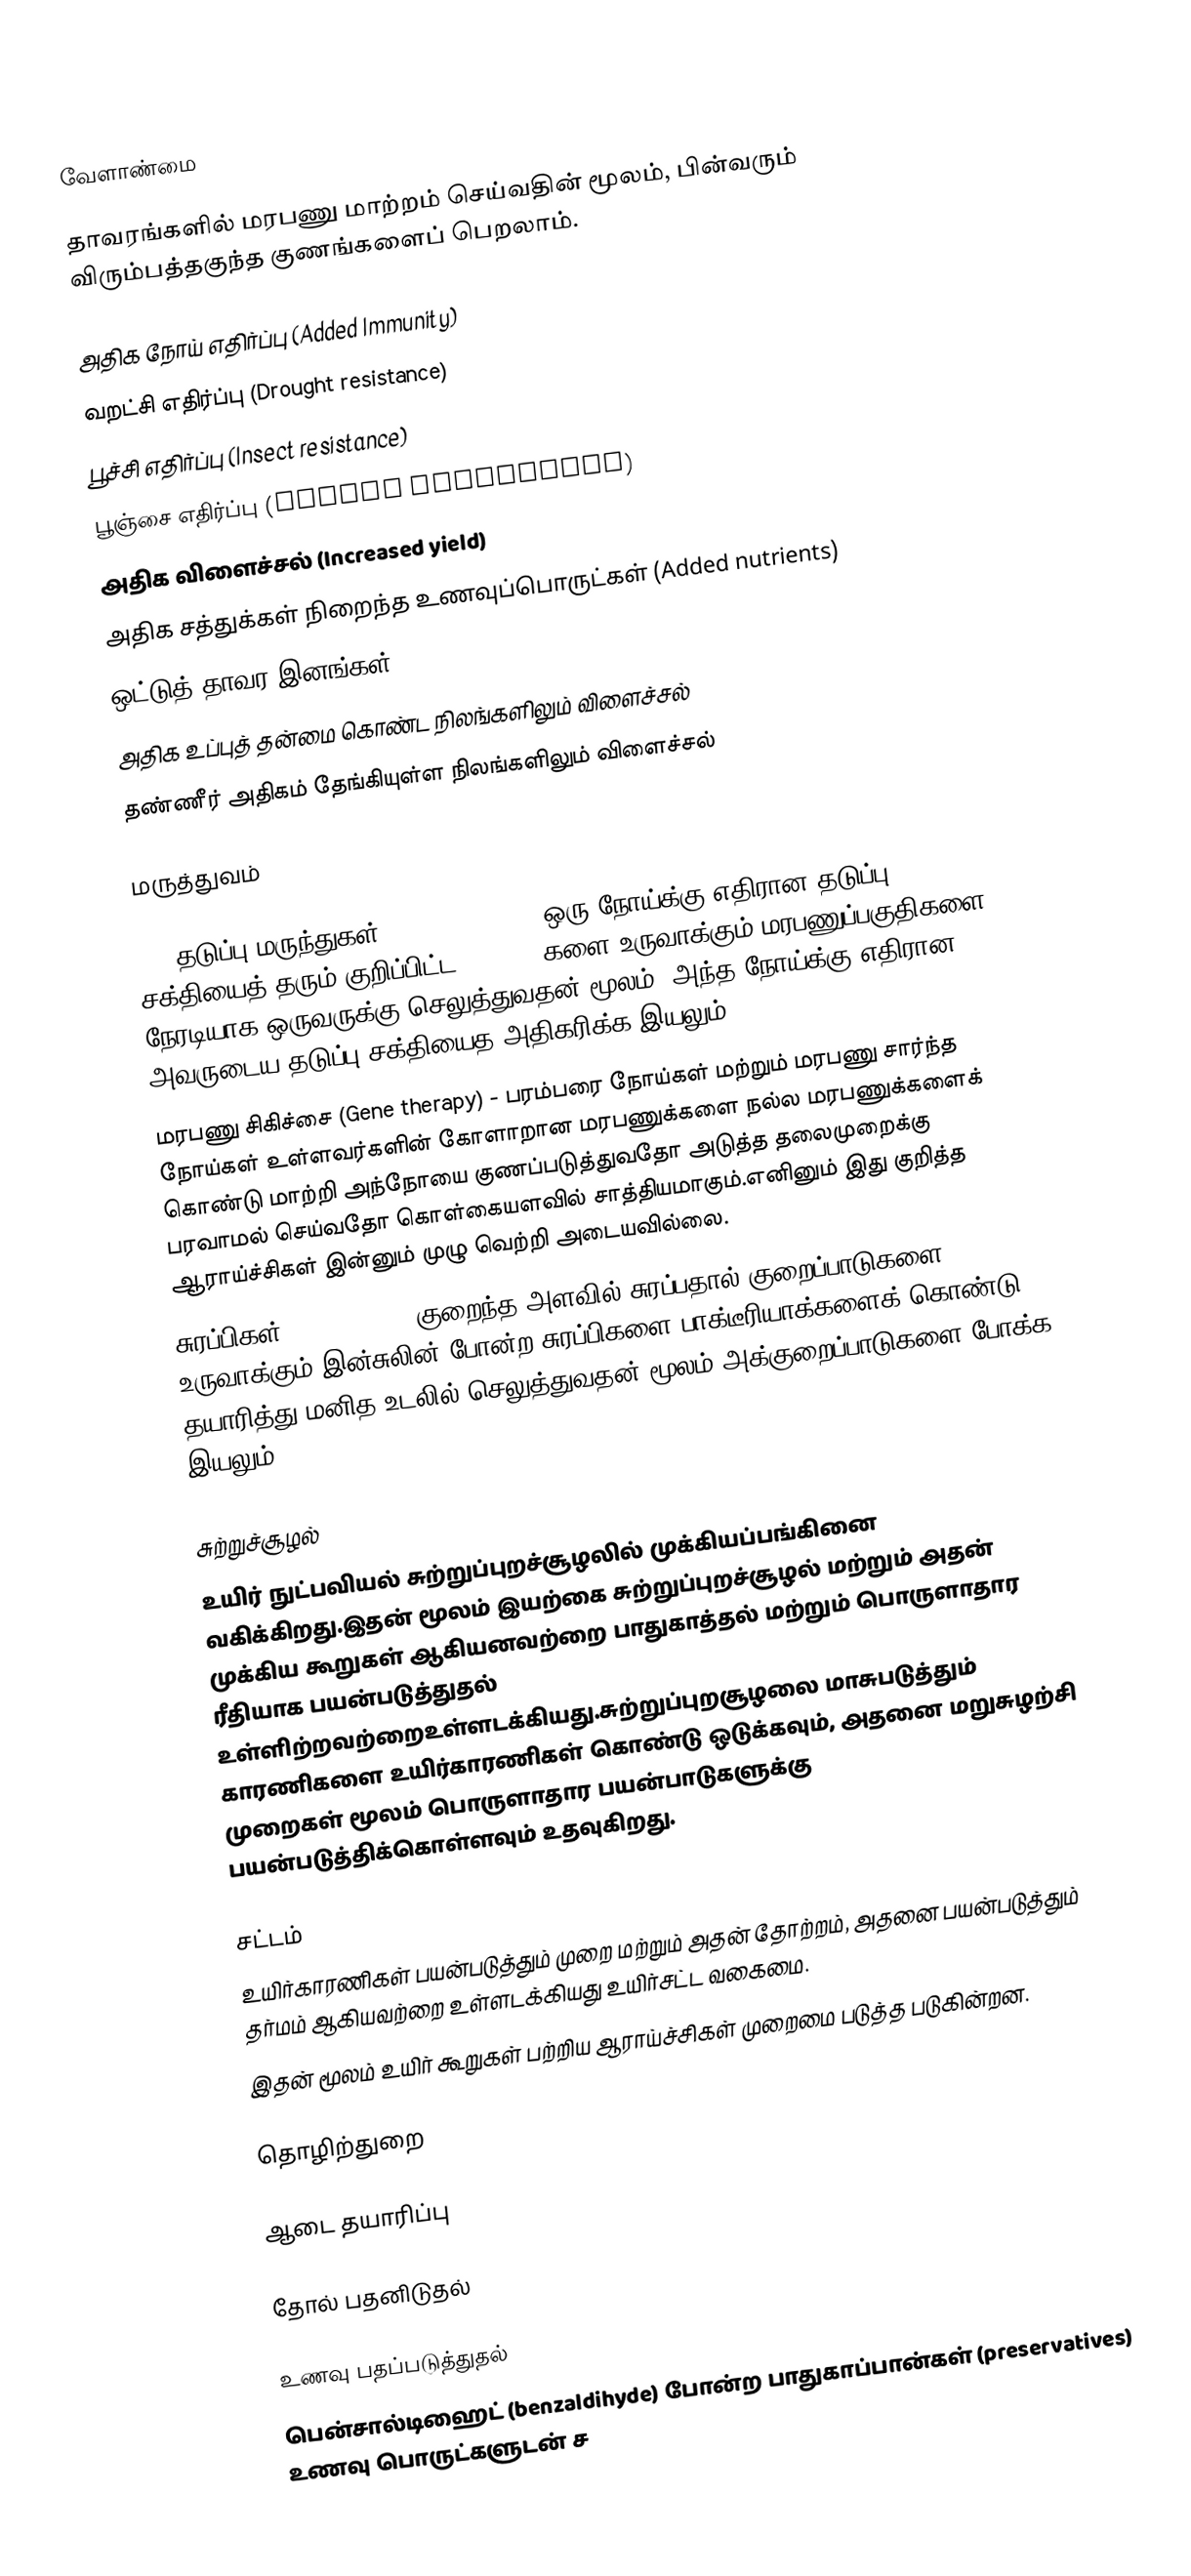

வேளாண்மை

தாவரங்களில் மரபணு மாற்றம் செய்வதின் மூலம், பின்வரும் விரும்பத்தகுந்த குணங்களைப் பெறலாம்.

 அதிக நோய் எதிர்ப்பு (Added Immunity)
 வறட்சி எதிர்ப்பு (Drought resistance)
 பூச்சி எதிர்ப்பு (Insect resistance)
 பூஞ்சை எதிர்ப்பு (Fungal resistance)
 அதிக விளைச்சல் (Increased yield)
 அதிக சத்துக்கள் நிறைந்த உணவுப்பொருட்கள் (Added nutrients)
 ஒட்டுத் தாவர இனங்கள் (Hybrid plant varieties)
 அதிக உப்புத் தன்மை கொண்ட நிலங்களிலும் விளைச்சல்
 தண்ணீர் அதிகம் தேங்கியுள்ள நிலங்களிலும் விளைச்சல்

மருத்துவம்

 DNA தடுப்பு மருந்துகள்(DNA Vaccines) - ஒரு நோய்க்கு எதிரான தடுப்பு சக்தியைத் தரும் குறிப்பிட்ட Antigen-களை உருவாக்கும் மரபணுப்பகுதிகளை நேரடியாக ஒருவருக்கு செலுத்துவதன் மூலம், அந்த நோய்க்கு எதிரான அவருடைய தடுப்பு சக்தியைத அதிகரிக்க இயலும்.
 மரபணு சிகிச்சை (Gene therapy) - பரம்பரை நோய்கள் மற்றும் மரபணு சார்ந்த நோய்கள் உள்ளவர்களின் கோளாறான மரபணுக்களை நல்ல மரபணுக்களைக் கொண்டு மாற்றி அந்நோயை குணப்படுத்துவதோ அடுத்த தலைமுறைக்கு பரவாமல் செய்வதோ கொள்கையளவில் சாத்தியமாகும்.எனினும் இது குறித்த ஆராய்ச்சிகள் இன்னும் முழு வெற்றி அடையவில்லை.
 சுரப்பிகள் (Hormones) - குறைந்த அளவில் சுரப்பதால் குறைப்பாடுகளை உருவாக்கும் இன்சுலின் போன்ற சுரப்பிகளை பாக்டீரியாக்களைக் கொண்டு தயாரித்து மனித உடலில் செலுத்துவதன் மூலம் அக்குறைப்பாடுகளை போக்க இயலும்.

சுற்றுச்சூழல்
உயிர் நுட்பவியல் சுற்றுப்புறச்சூழலில் முக்கியப்பங்கினை வகிக்கிறது.இதன் மூலம் இயற்கை சுற்றுப்புறச்சூழல் மற்றும் அதன் முக்கிய கூறுகள் ஆகியனவற்றை பாதுகாத்தல் மற்றும் பொருளாதார ரீதியாக பயன்படுத்துதல் உள்ளிற்றவற்றைஉள்ளடக்கியது.சுற்றுப்புறசூழலை மாசுபடுத்தும் காரணிகளை உயிர்காரணிகள் கொண்டு ஒடுக்கவும், அதனை மறுசுழற்சி முறைகள் மூலம் பொருளாதார பயன்பாடுகளுக்கு பயன்படுத்திக்கொள்ளவும் உதவுகிறது.

சட்டம்
உயிர்காரணிகள் பயன்படுத்தும் முறை மற்றும் அதன் தோற்றம், அதனை பயன்படுத்தும் தர்மம் ஆகியவற்றை உள்ளடக்கியது உயிர்சட்ட வகைமை.
இதன் மூலம் உயிர் கூறுகள் பற்றிய ஆராய்ச்சிகள் முறைமை படுத்த படுகின்றன.

தொழிற்துறை

ஆடை தயாரிப்பு

தோல் பதனிடுதல்

உணவு பதப்படுத்துதல்
பென்சால்டிஹைட் (benzaldihyde) போன்ற பாதுகாப்பான்கள் (preservatives) உணவு பொருட்களுடன் ச